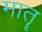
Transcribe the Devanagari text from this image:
मातॄ